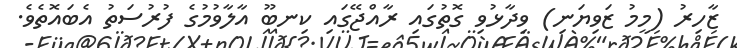
ޒާހިރު (މީމު ޒަވިޔަނި) ވިދާޅުވި ގޮތުގައި ރާއްޖޭގައި ކިނބޫ އާލާވުމުގެ ފުރުސަތު އެބައޮތެވެ.